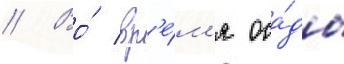
// Во́ вр'е́м'я оса́ды